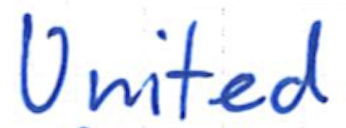
Text: United
Cross-out: clean
Writing tool: ballpoint